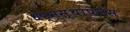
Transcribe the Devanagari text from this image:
धर्मस्थापनेस